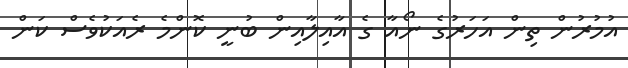
އުމުރުން ތިން އަހަރުގެ ނޯއާ ގެ އާއިލާއިން ބުނީ ކޮންމެ ރެއަކުވެސް ކަން